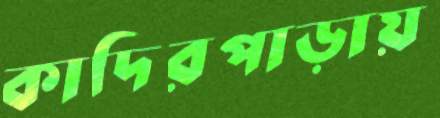
কাদিরপাড়ায়